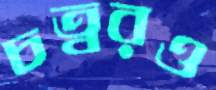
চত্বরও